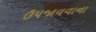
ઉપજાવવાના